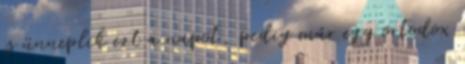
is ünneplik ezt a napot, pedig már egy ortodox